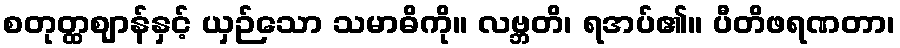
စတုတ္ထဈာန်နှင့် ယှဉ်သော သမာဓိကို။ လဗ္ဘတိ၊ ရအပ်၏။ ပီတိဖရဏတာ၊